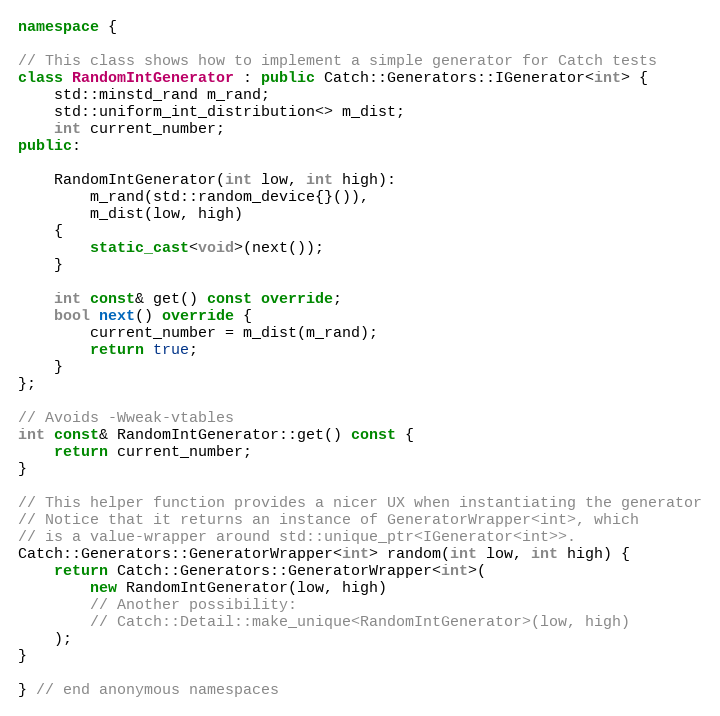
Language: C++
namespace {

// This class shows how to implement a simple generator for Catch tests
class RandomIntGenerator : public Catch::Generators::IGenerator<int> {
    std::minstd_rand m_rand;
    std::uniform_int_distribution<> m_dist;
    int current_number;
public:

    RandomIntGenerator(int low, int high):
        m_rand(std::random_device{}()),
        m_dist(low, high)
    {
        static_cast<void>(next());
    }

    int const& get() const override;
    bool next() override {
        current_number = m_dist(m_rand);
        return true;
    }
};

// Avoids -Wweak-vtables
int const& RandomIntGenerator::get() const {
    return current_number;
}

// This helper function provides a nicer UX when instantiating the generator
// Notice that it returns an instance of GeneratorWrapper<int>, which
// is a value-wrapper around std::unique_ptr<IGenerator<int>>.
Catch::Generators::GeneratorWrapper<int> random(int low, int high) {
    return Catch::Generators::GeneratorWrapper<int>(
        new RandomIntGenerator(low, high)
        // Another possibility:
        // Catch::Detail::make_unique<RandomIntGenerator>(low, high)
    );
}

} // end anonymous namespaces